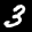
Label: 3